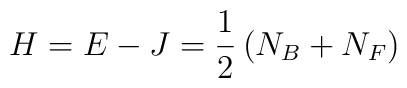
H = E - J = \frac{1}{2} \left( N_B + N_F \right)